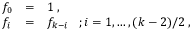
\begin{array} { l l l } { { f _ { 0 } } } & { { = } } & { { 1 \; , } } \\ { { f _ { i } } } & { { = } } & { { f _ { k - i } \; \; \; ; i = 1 , \ldots , ( k - 2 ) / 2 \; , } } \end{array}